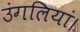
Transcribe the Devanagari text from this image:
उंगलियां।